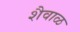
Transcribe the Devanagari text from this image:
शैवाळ